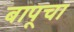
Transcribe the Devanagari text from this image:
बापूचा